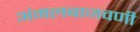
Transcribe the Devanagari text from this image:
अंमलबाजवणी